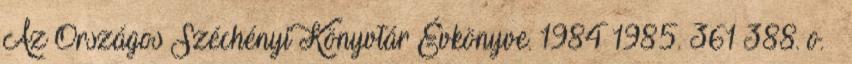
Az Országos Széchényi Könyvtár Évkönyve. 1984–1985. 361–388. o. ↑